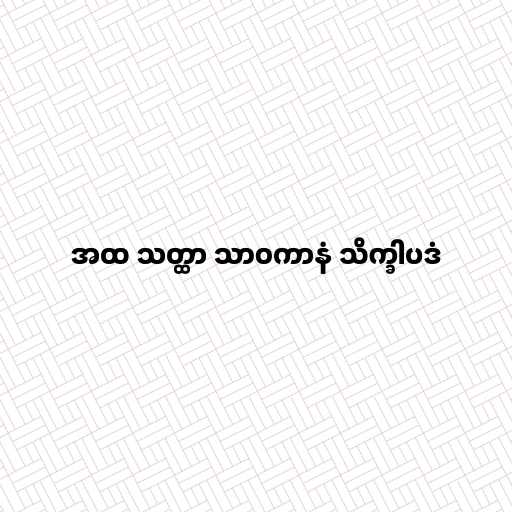
အထ သတ္ထာ သာဝကာနံ သိက္ခါပဒံ